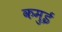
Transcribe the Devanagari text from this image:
कमुई